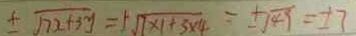
\pm \sqrt { 7 x + 3 y } = 1 \sqrt { 7 \times 1 + 3 \times 4 } = \pm \sqrt { 4 9 } = \pm 7